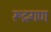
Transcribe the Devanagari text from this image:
रूद्रगण